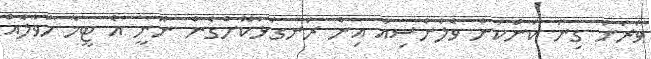
ވަރަށް ގިނަ ކަންކަން ވެލެންސިއާ އިން ރަނގަޅުކޮށްގެން ނޫނީ އެ ޓީމާ ހަވާލެއް